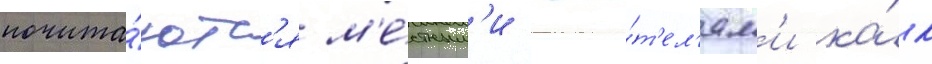
почита́ютс'я м'е́стным'и жи́т'ел'ям'и ка́к